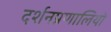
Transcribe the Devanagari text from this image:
दर्शनप्रणालियों